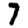
Digit: 7